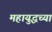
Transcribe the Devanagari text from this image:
महायुद्धच्या